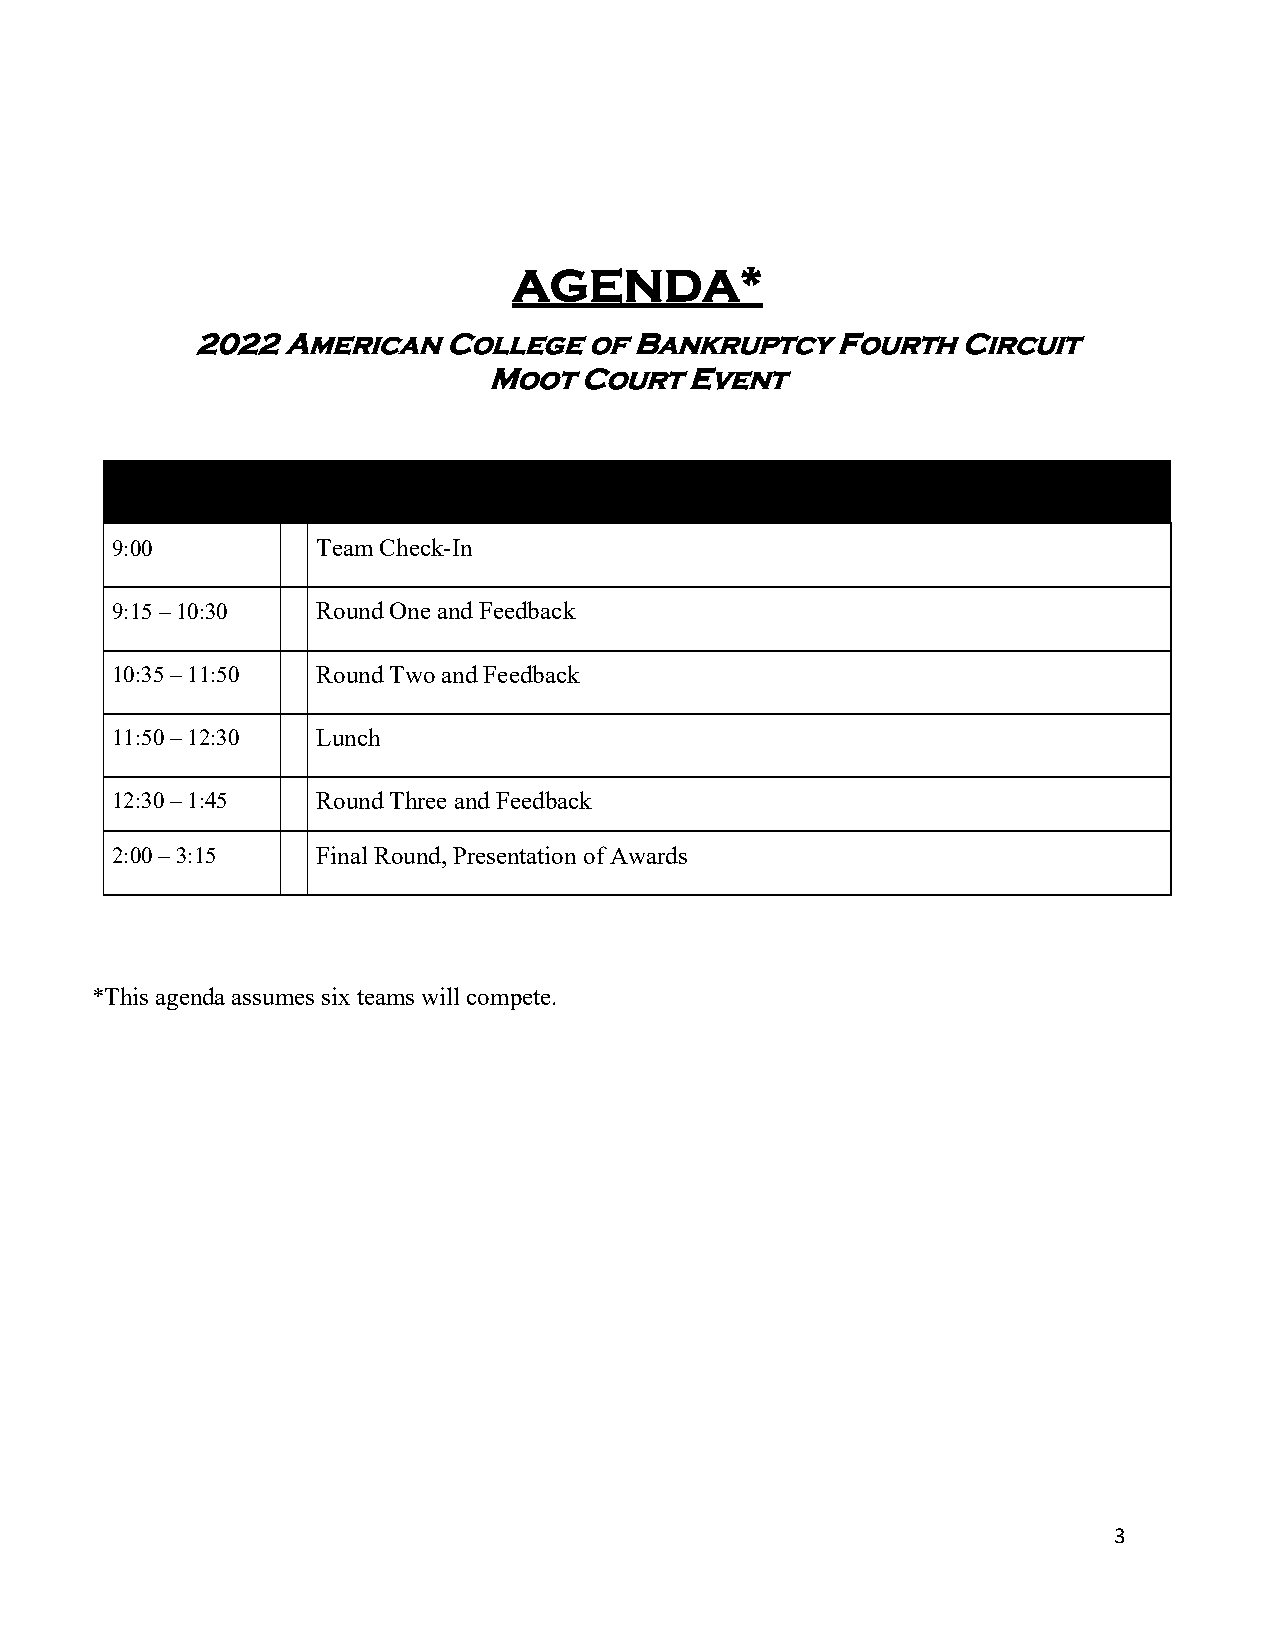
AGENDA*
 2022  American  College   of Bankruptcy   Fourth   Circuit
 Moot  Court  Event
 9:00          Team Check-In
 9:15 – 10:30  Round One and Feedback
 10:35 – 11:50 Round Two and Feedback
 11:50 – 12:30 Lunch
 12:30 – 1:45  Round Three and Feedback
 2:00 – 3:15   Final Round, Presentation of Awards
 *This agenda assumes six teams will compete.
 3